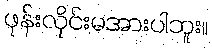
ဖုန်းလိုင်းမအားပါဘူး။